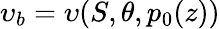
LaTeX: \upsilon_{b}=\upsilon(S,\theta,p_{0}(z))